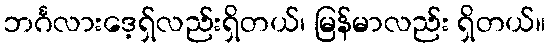
ဘင်္ဂလားဒေ့ရှ်လည်းရှိတယ်၊ မြန်မာလည်း ရှိတယ်။